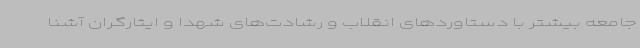
جامعه بیشتر با دستاوردهای انقلاب و رشادت‌های شهدا و ایثارگران آشنا